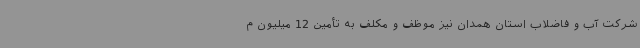
شرکت آب و فاضلاب استان همدان نیز موظف و مکلف به تأمین 12 میلیون م